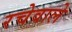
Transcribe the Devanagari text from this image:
रचेवाले